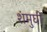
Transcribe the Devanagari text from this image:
शंमुघी